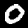
Digit: 0